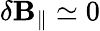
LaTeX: \delta\mathbf{B}_{\parallel}\simeq0